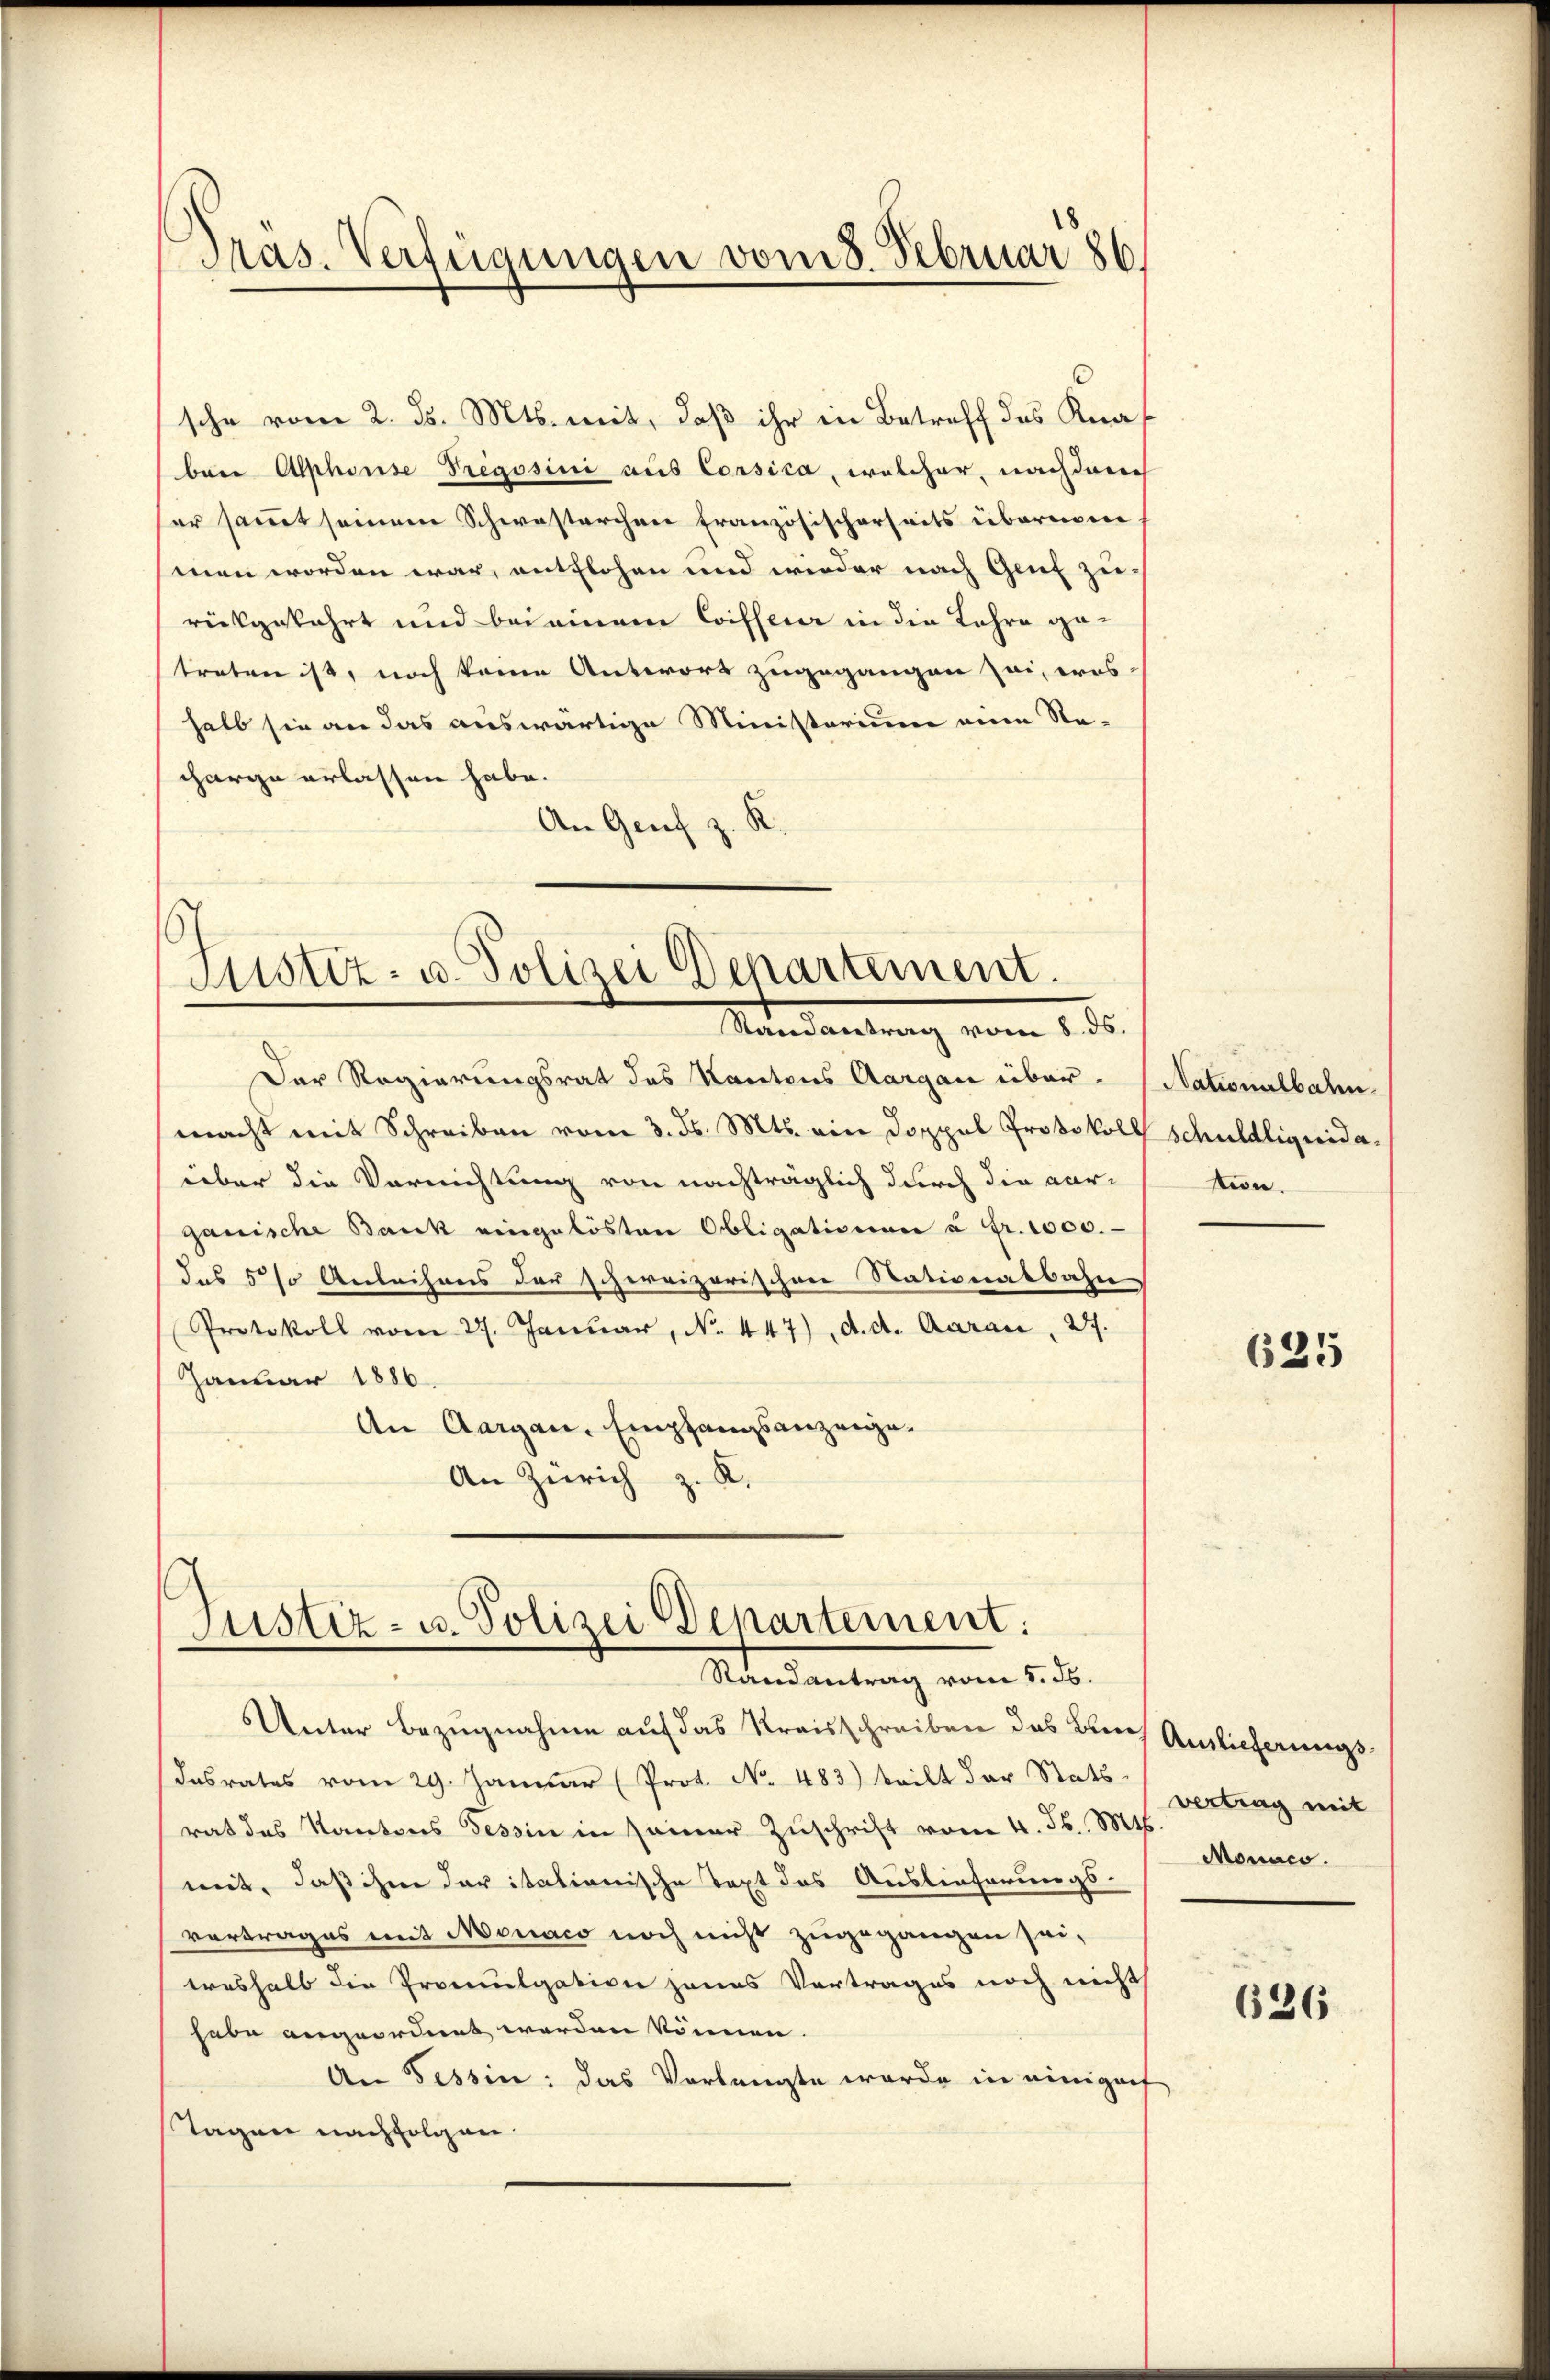
Pras. Verfügungen vom 8. Februar 186

sche vom 2. ds. Mts. mit, daß ihr in Betreff des Knaf
bei Alphonse Tregosini aus Corsica, welcher, nachdem
ser samt seinem Schwesterchen französischerseits übernom
men worden war, entflohen und wieder nach Genf zu
rükgekehrt und bei einem Coiffeur in die Lehre getreten ist, noch keine Antwort zugegangen sei, was
halb sie an das auswärtige Ministerium ein Re-
charge erlassen habe.
An Genf z. K.

Justiz- u. Polizei Departement.
Mandantung vom 1. d.

Justiz- u. Polizei Departement:
Randantrag vom 5. S.

Der Regierungsrat des Kantons Aargau über- (Nationalbahn
macht mit Schreiben vom 3. ds. Mts. ein Doppel Protokoll Schuldliquidaüber die Vernichtung von nachträglich durch die aarganische Bank eingelösten Obligationen u. fr. 1000.
dus 5 % Anleihens der schweizerischen Stationalbahn
Protokoll vom 27. Januar, No. 447), d. d. Aarau, 27.
Januar 1886
An Aargau, Empfangsanzeige.
An Zürich z. K.

tion.

Unter Bezugnahme auf das Kreisschreiben das Bleich Auslieferungsdasrates vom 29. Januar (Prot. No 483) teilt der Stats vertrag mit
rat des Kantons Tessin in seiner Zuschrift vom 4. ds. 816
mit, daß ihme der italionische Text des Auslieferungs-
vertrages mit Monaco noch nicht zugegangen sei,
treshalb die Promulgation jenes Vortrages noch nicht
habe angeordnet werden können.
An Tessin: das Vorlangte werde in einigenf
Tagen nachfolgen.

625

Monáco.

626